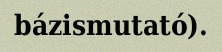
bázismutató).